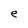
Character: e